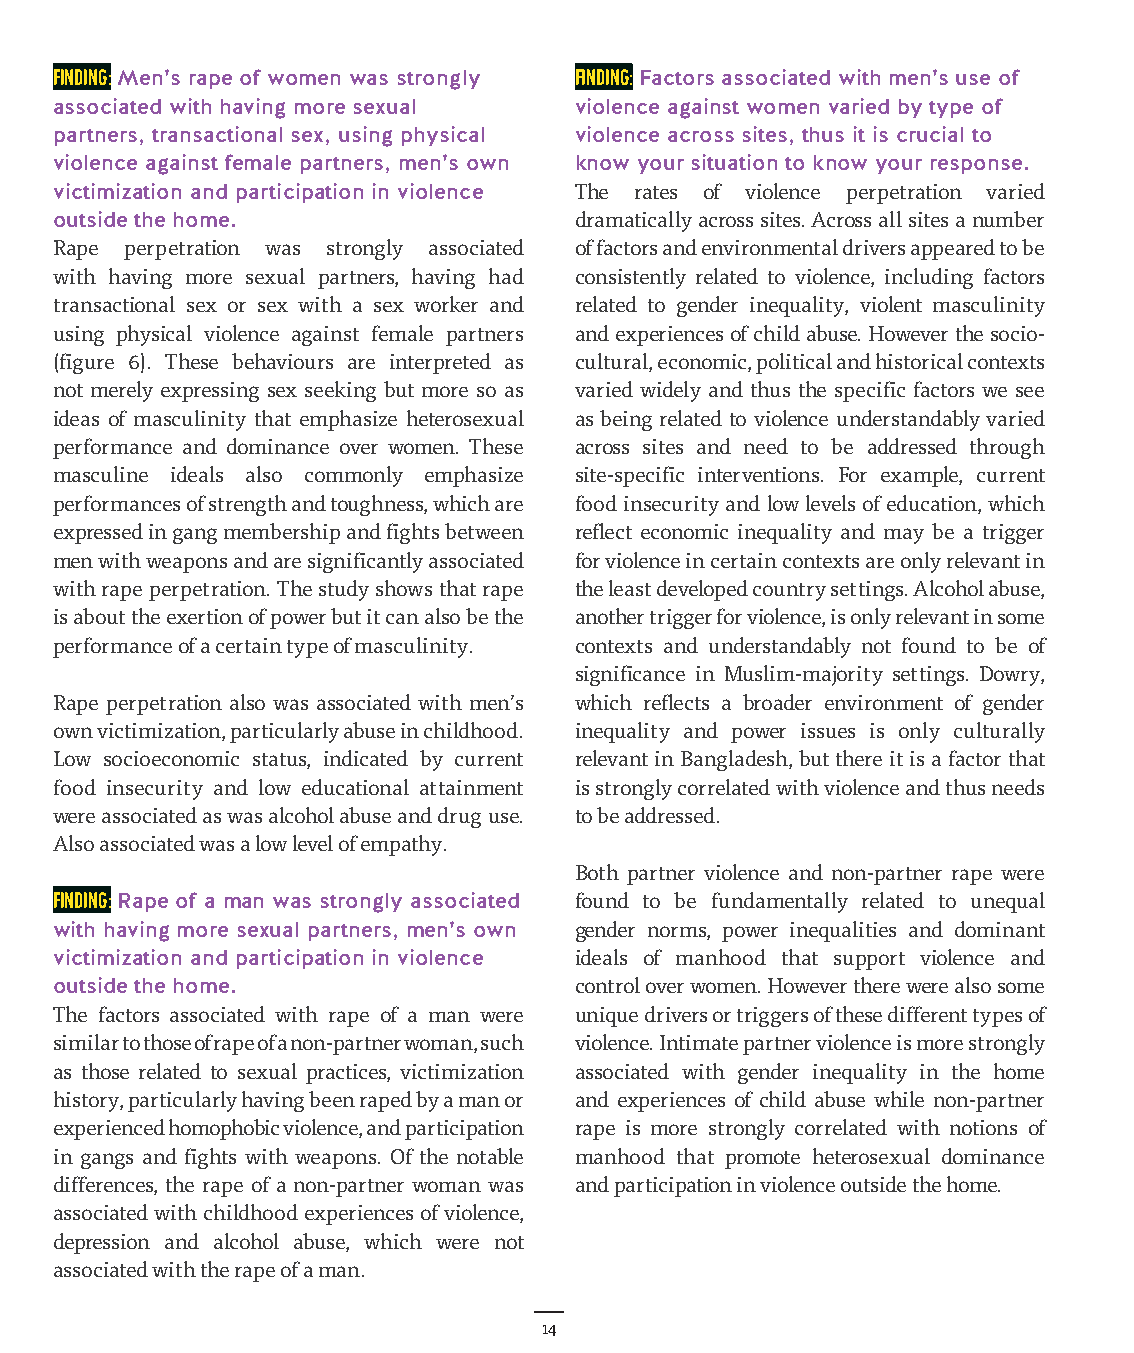
Finding: Men’s rape of women was strongly Finding: Factors associated with men’s use of
 associated with having more sexual violence against women varied by type of
 partners, transactional sex, using physical violence across sites, thus it is crucial to
 violence against female partners, men’s own know your situation to know your response.
 victimization and participation in violence The rates of violence perpetration varied
 outside the home.                 dramatically across sites. Across all sites a number
 Rape perpetration was strongly associated of factors and environmental drivers appeared to be
 with having more sexual partners, having had consistently related to violence, including factors
 transactional sex or sex with a sex worker and related to gender inequality, violent masculinity
 using physical violence against female partners and experiences of child abuse. However the socio-
 (figure 6). These behaviours are interpreted as cultural, economic, political and historical contexts
 not merely expressing sex seeking but more so as varied widely and thus the specific factors we see
 ideas of masculinity that emphasize heterosexual as being related to violence understandably varied
 performance and dominance over women. These across sites and need to be addressed through
 masculine ideals also commonly emphasize site-specific interventions. For example, current
 performances of strength and toughness, which are food insecurity and low levels of education, which
 expressed in gang membership and fights between reflect economic inequality and may be a trigger
 men with weapons and are significantly associated for violence in certain contexts are only relevant in
 with rape perpetration. The study shows that rape the least developed country settings. Alcohol abuse,
 is about the exertion of power but it can also be the another trigger for violence, is only relevant in some
 performance of a certain type of masculinity. contexts and understandably not found to be of
 significance in Muslim-majority settings. Dowry,
 Rape perpetration also was associated with men’s which reflects a broader environment of gender
 own victimization, particularly abuse in childhood. inequality and power issues is only culturally
 Low socioeconomic status, indicated by current relevant in Bangladesh, but there it is a factor that
 food insecurity and low educational attainment is strongly correlated with violence and thus needs
 were associated as was alcohol abuse and drug use. to be addressed.
 Also associated was a low level of empathy.
 Both partner violence and non-partner rape were
 Finding: Rape of a man was strongly associated found to be fundamentally related to unequal
 with having more sexual partners, men’s own gender norms, power inequalities and dominant
 victimization and participation in violence ideals of manhood that support violence and
 outside the home.                 control over women. However there were also some
 The factors associated with rape of a man were unique drivers or triggers of these different types of
 similar to those of rape of a non-partner woman, such violence. Intimate partner violence is more strongly
 as those related to sexual practices, victimization associated with gender inequality in the home
 history, particularly having been raped by a man or and experiences of child abuse while non-partner
 experienced homophobic violence, and participation rape is more strongly correlated with notions of
 in gangs and fights with weapons. Of the notable manhood that promote heterosexual dominance
 differences, the rape of a non-partner woman was and participation in violence outside the home.
 associated with childhood experiences of violence,
 depression and alcohol abuse, which were not
 associated with the rape of a man.
 14